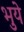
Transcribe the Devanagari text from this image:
भुये